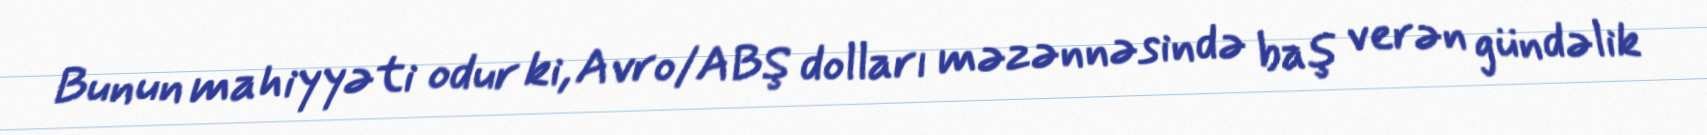
Bunun mahiyyəti odur ki, Avro/ABŞ dolları məzənnəsində baş verən gündəlik